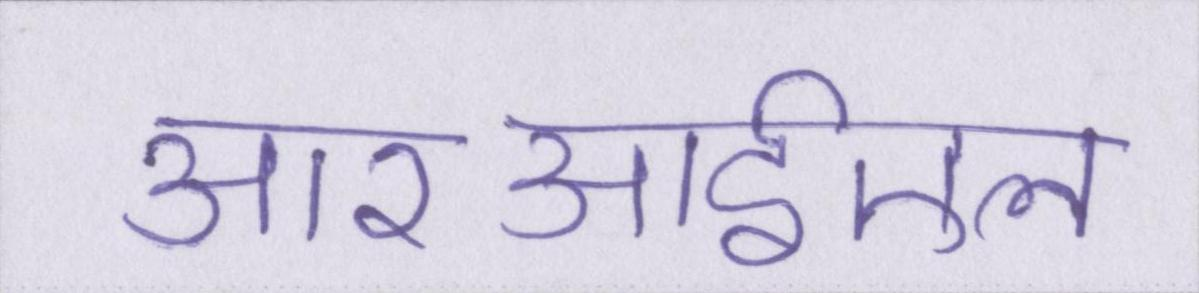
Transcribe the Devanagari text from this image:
आरआईएल